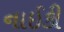
નાઈકી